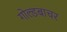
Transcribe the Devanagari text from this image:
गोल्डबाचर